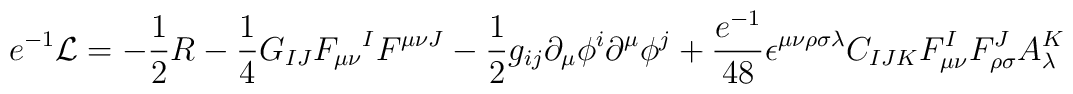
e^{-1} {\cal L} = -{1\over 2} R - {1\over 4} G_{IJ} F_{\mu\nu} {}^IF^{\mu\nu J}-{1\over 2} g_{ij} \partial_{\mu} \phi^i \partial^\mu \phi^j+{e^{-1}\over 48} \epsilon^{\mu\nu\rho\sigma\lambda} C_{IJK} F_{\mu\nu}^IF_{\rho\sigma}^JA_\lambda^K